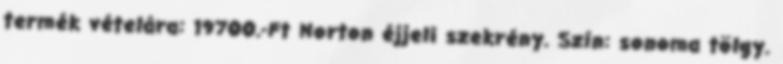
termék vételára: 19700.-Ft Norton éjjeli szekrény. Szín: sonoma tölgy.